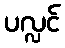
ပလ္လင်